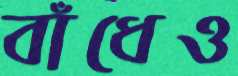
বাঁধেও